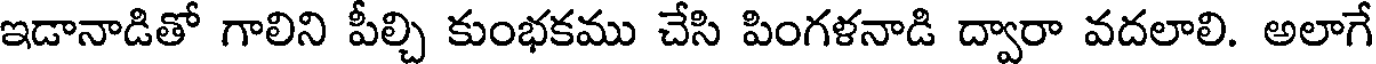
ఇడానాడితో గాలిని పీల్చి కుంభకము చేసి పింగళనాడి ద్వారా వదలాలి. అలాగే